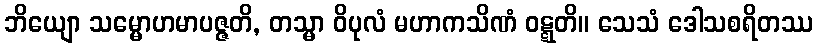
ဘိယျော သမ္မောဟမာပဇ္ဇတိ, တသ္မာ ဝိပုလံ မဟာကသိဏံ ဝဋ္ဋတိ။ သေသံ ဒေါသစရိတဿ